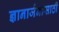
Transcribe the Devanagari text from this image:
ज्ञानार्जनासाठी